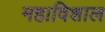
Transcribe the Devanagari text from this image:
महाविशाल